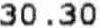
30.30